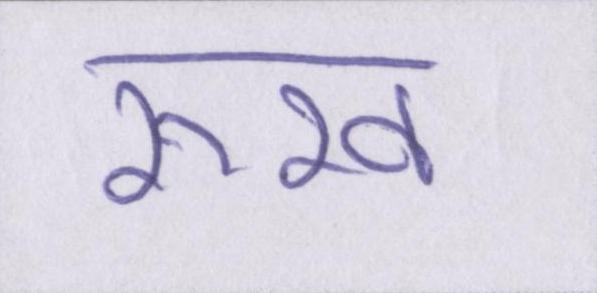
रूख